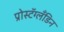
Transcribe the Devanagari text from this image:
प्रोस्टॅग्लँडिन